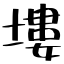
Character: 塿